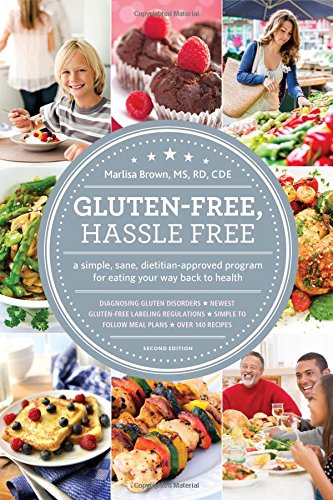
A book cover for Gluten Free, Hassle Free, Second Edition: A Simple, Sane, Dietitian-Approved Program For Eating Your Way Back to Health; Marlisa Brown MS  RD  CDE; Health, Fitness & Dieting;